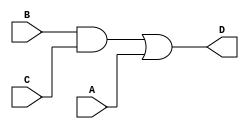
module simple_circuit2 (A,B,C,D);  
output D;
input A, B, C;
wire W1;
and G1(W1, B, C);
or G2(D, W1, A);
endmodule